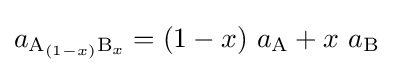
a_{\mathrm {A} _{(1-x)}\mathrm {B} _{x}}=(1-x)\ a_{\mathrm {A} }+x\ a_{\mathrm {B} }